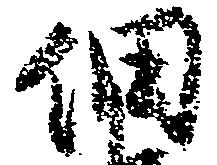
細